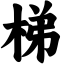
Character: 梯